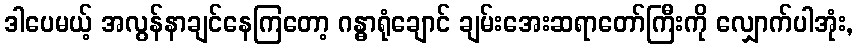
ဒါပေမယ့် အလွန်နာချင်နေကြတော့ ဂန္ဓာရုံချောင် ချမ်းအေးဆရာတော်ကြီးကို လျှောက်ပါအုံး,